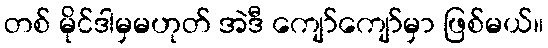
တစ် မိုင်ဒါမှမဟုတ် အဲဒီ ကျော်ကျော်မှာ ဖြစ်မယ်။